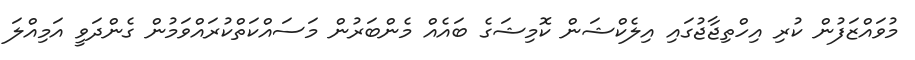
މުވައްޒަފުން ކުރި އިހްތިޖާޖުގައި އިލެކްޝަން ކޮމިޝަގެ ބައެއް މެންބަރުން މަސައްކަތްކުރައްވަމުން ގެންދަވީ އަމިއްލަ